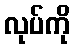
လုပ်ကို